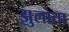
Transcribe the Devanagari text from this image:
झुलाता